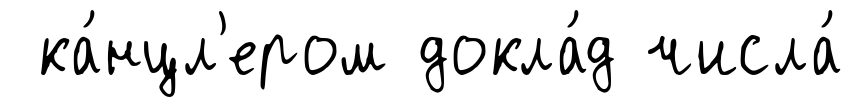
ка́нцл'ером докла́д числа́